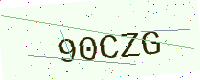
Text: 90CZG